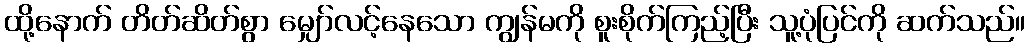
ထို့နောက် တိတ်ဆိတ်စွာ မျှော်လင့်နေသော ကျွန်မကို စူးစိုက်ကြည့်ပြီး သူ့ပုံပြင်ကို ဆက်သည်။